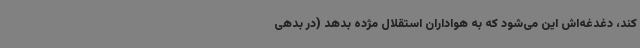
کند، دغدغه‌اش این می‌شود که به هواداران استقلال مژده بدهد (در بدهی